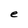
Character: e